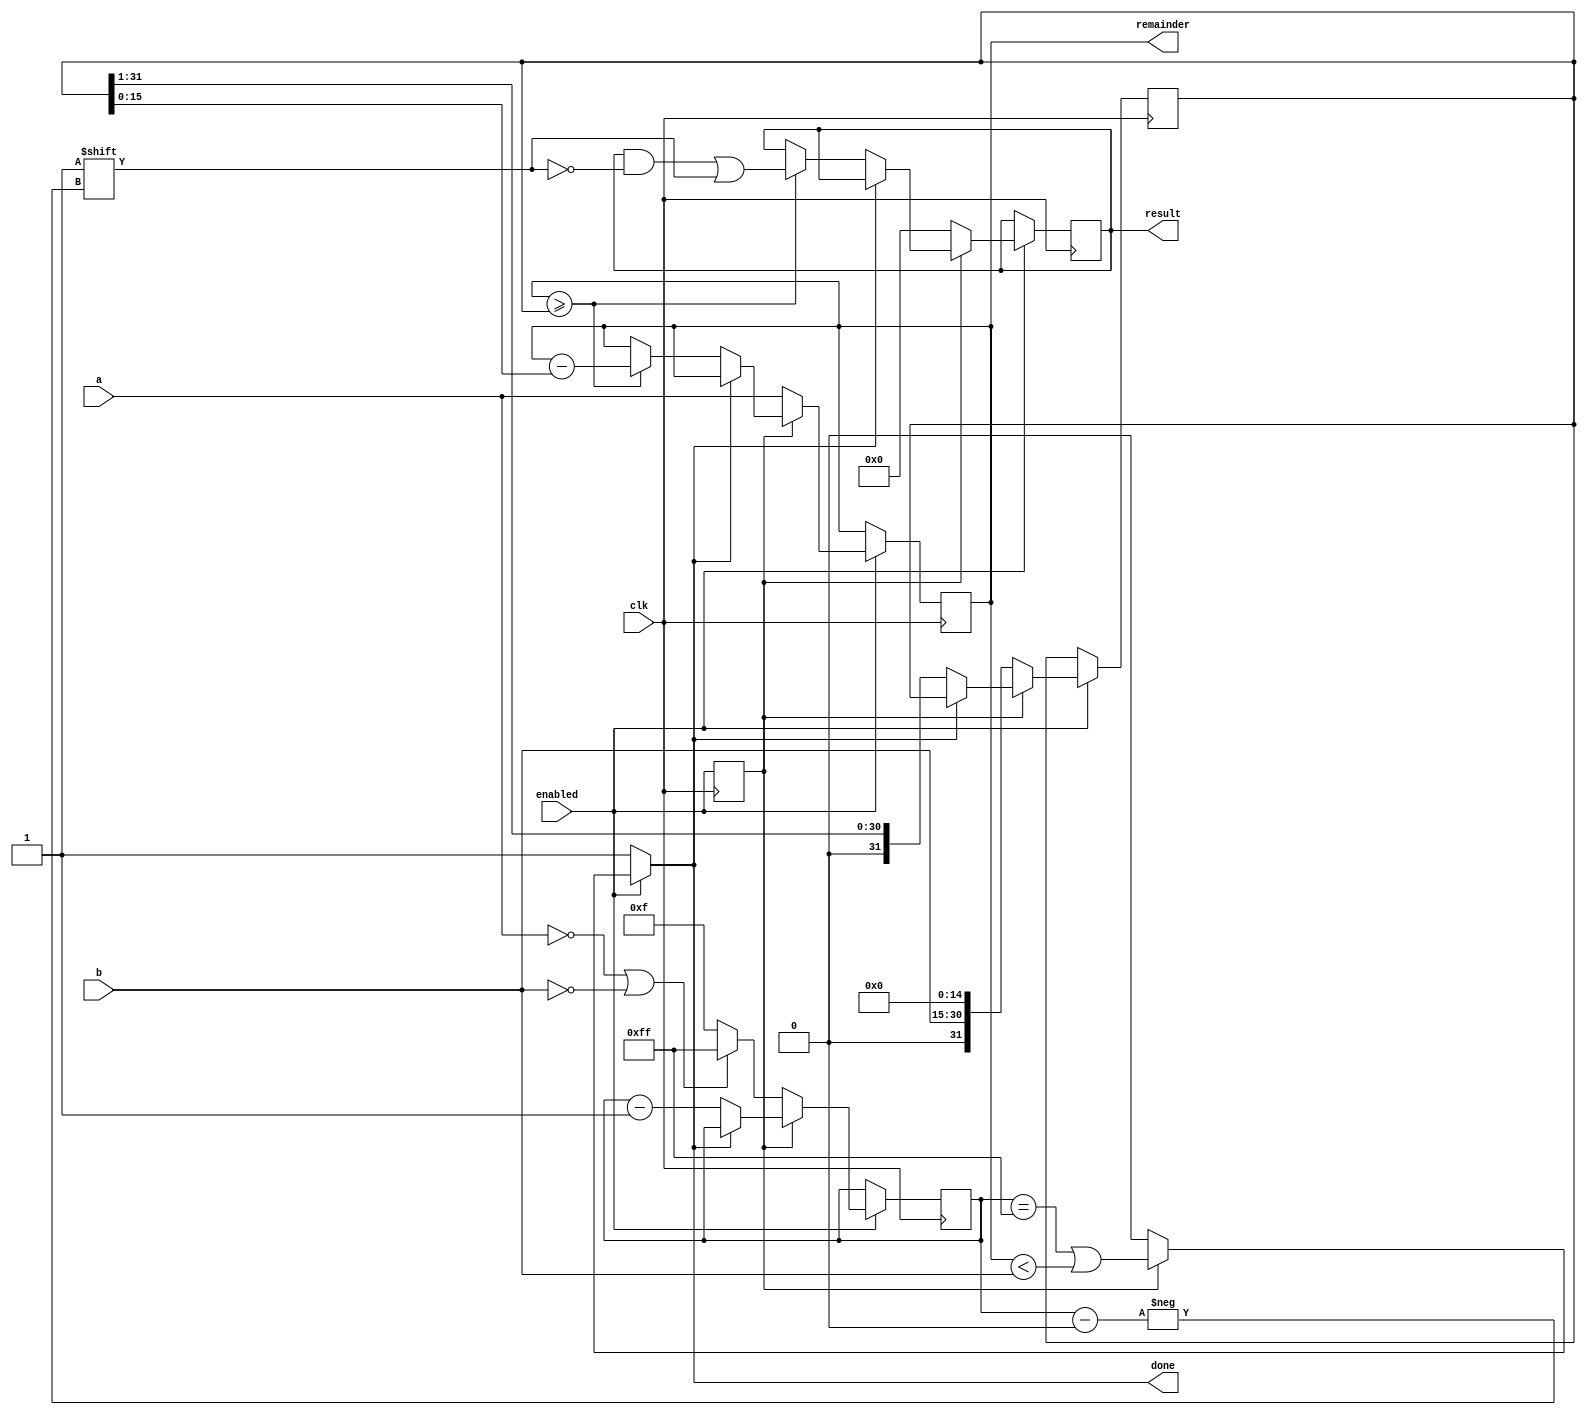
`timescale 1ns / 1ps


module divider#(parameter bits = 15)(
    input clk,
    input enabled,
    
    input[bits:0] a,
    input[bits:0] b,
    output reg[bits:0] result,
    output reg[bits:0] remainder,
    
    output done
    );
    
    
    reg last_cycle_enabled = 0;
    reg[7:0] bit = 0;
    reg[bits*2+1:0] divisor_intermediate;
   
   
    assign done = enabled ? (~last_cycle_enabled ? 0 : (bit == 8'hff | (remainder < b))) : 1;
   

    always@(posedge clk) begin
        
        last_cycle_enabled <= enabled;
        
        if(enabled) begin
            if (~last_cycle_enabled) begin
                remainder <= a;
                divisor_intermediate <= b << bits;

                bit <= (!a || !b) ? 8'hff : bits;
                result <= 0;

            end else if (~done) begin
            
                if (remainder >= divisor_intermediate) begin
                    remainder <= remainder - divisor_intermediate;
                    result[bit] <= 1;
                end
            
                divisor_intermediate <= divisor_intermediate >> 1;
                
                bit <= bit - 1;                
            end    
        end
    end
    
endmodule